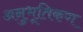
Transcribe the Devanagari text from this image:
अनुभूतिकण